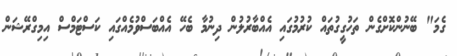
ގެމަ" ބޭނުންކޮށްގެން ތަހުގީގުތައް ކުރުމުގައި އެއްބާރުލުން ދިނުމާ ބެހޭ އެއްބަސްވުމެއްގައި ކަސްޓަމްސް އިމިގްރޭޝަން